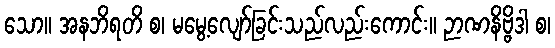
သော။ အနဘိရတိ စ၊ မမွေ့လျော်ခြင်းသည်လည်းကောင်း။ ဉာဏနိဗ္ဗိဒါ စ၊